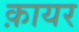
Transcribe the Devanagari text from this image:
क़ायर